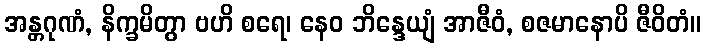
အန္တဂုဏံ, နိက္ခမိတွာ ဗဟိ စရေ၊ နေဝ ဘိန္ဒေယျံ အာဇီဝံ, စဇမာနောပိ ဇီဝိတံ။